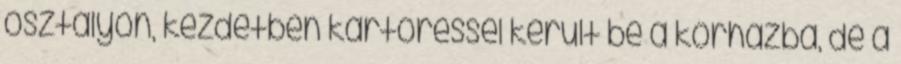
osztályon, kezdetben kartöréssel került be a kórházba, de a